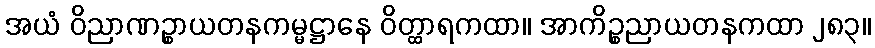
အယံ ဝိညာဏဉ္စာယတနကမ္မဋ္ဌာနေ ဝိတ္ထာရကထာ။ အာကိဉ္စညာယတနကထာ ၂၈၃။